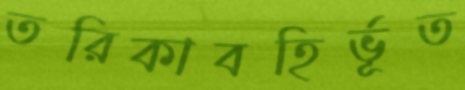
তরিকাবহির্ভূত